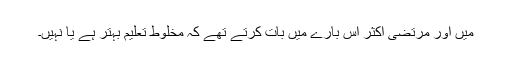
میں اور مرتضیٰ اکثر اس بارے میں بات کرتے تھے کہ مخلوط تعلیم بہتر ہے یا نہیں۔